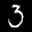
Label: 3